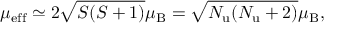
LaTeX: \mu _ { \mathrm { e f f } } \simeq 2 { \sqrt { S ( S + 1 ) } } \mu _ { \mathrm { B } } = { \sqrt { N _ { \mathrm { { u } } } ( N _ { \mathrm { { u } } } + 2 ) } } \mu _ { \mathrm { B } } ,